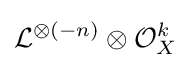
{\mathcal {L}}^{\otimes (-n)}\otimes {\mathcal {O}}_{X}^{k}